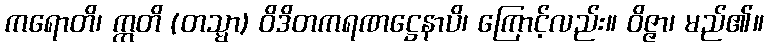
ကရောတိ၊ ဣတိ (တသ္မာ) ဝိဒိတကရဏဋ္ဌေနာပိ၊ ကြောင့်လည်း။ ဝိဇ္ဇာ၊ မည်၏။